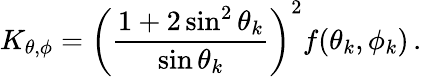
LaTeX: K_{\theta,\phi}=\left(\frac{1+2\sin^{2}\theta_{k}}{\sin\theta_{k}}\right)^{2}f(\theta_{k},\phi_{k})\, .